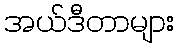
အယ်ဒီတာများ